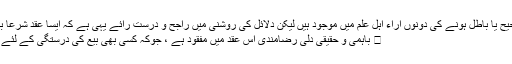
ایسے عقد کےصحیح یا باطل ہونے کی دونوں آراء اہلِ علم میں موجود ہیں لیکن دلائل کی روشنی میں راجح و درست رائے یہی ہے کہ ایسا عقد شرعاً باطل ہے، کیونکہ:
 باہمی و حقیقی دلی رضامندی اس عقد میں مفقود ہے ، جوکہ کسی بھی بیع کی درستگی کے لئے بنیادی شرط ہے ۔